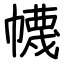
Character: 幭